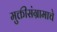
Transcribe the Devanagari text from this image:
मुक्तीसंग्रामाचे